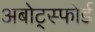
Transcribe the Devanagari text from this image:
अबोट्स्फोर्ड